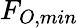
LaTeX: F_{O,min}